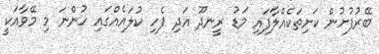
ބޭރުފުށުން ކަށިތަކެއްލާފައި މަޑު ރީނދޫ އަދި ފެހި ކުލައެއްގައި ހުންނަ މި މޭވާއަކީ